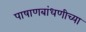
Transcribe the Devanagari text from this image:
पाषाणबांधणीच्या